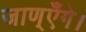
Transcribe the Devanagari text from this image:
जाण्‌एँगे।